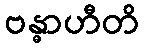
ဗန္ဓာဟီတိ